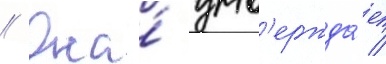
// Она́ утв'ержда́ет /